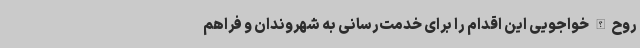
روح‌الله خواجویی این اقدام را برای خدمت‌رسانی به شهروندان و فراهم